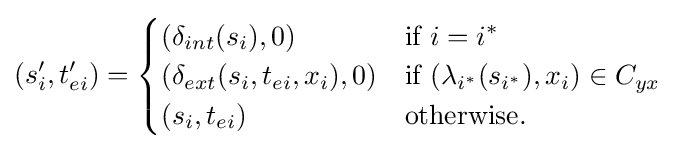
(s_{i}',t_{ei}')={\begin{cases}(\delta _{int}(s_{i}),0)&{\text{if }}i=i^{*}\\(\delta _{ext}(s_{i},t_{ei},x_{i}),0)&{\text{if }}(\lambda _{i^{*}}(s_{i^{*}}),x_{i})\in C_{yx}\\(s_{i},t_{ei})&{\text{otherwise}}.\end{cases}}